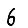
Digit: 6